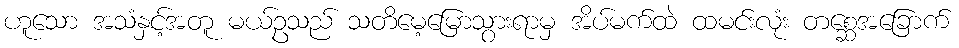
ဟူသော အသံနှင့်အတူ မယ်ဥသည် သတိမေ့မြောသွားရာမှ အိပ်မက်ထဲ ထမင်းလုံး တစ္ဆေအခြောက်